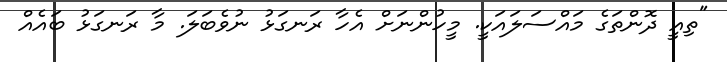
"ތިއީ ދޮންތަގެ މައްސަލައަކީ. މީހުންނަށް އެހާ ރަނގަޅު ނުވެބަލަ. މާ ރަނގަޅު ބައެއް